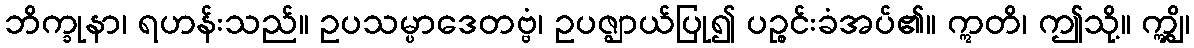
ဘိက္ခုနာ၊ ရဟန်းသည်။ ဥပသမ္ပာဒေတဗ္ဗံ၊ ဥပဇ္ဈာယ်ပြု၍ ပဉ္စင်းခံအပ်၏။ ဣတိ၊ ဤသို့။ ဣျွှိ၊